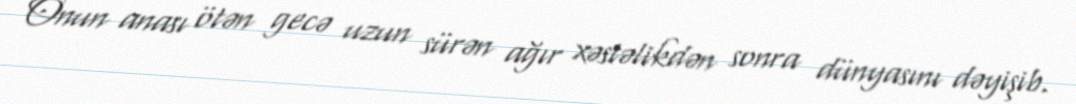
Onun anası ötən gecə uzun sürən ağır xəstəlikdən sonra dünyasını dəyişib.